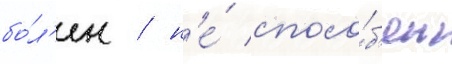
бо́л'ен / н'е́ спосо́б'ен